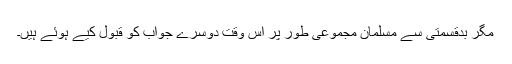
مگر بدقسمتی سے مسلمان مجموعی طور پر اس وقت دوسرے جواب کو قبول کیے ہوئے ہیں۔